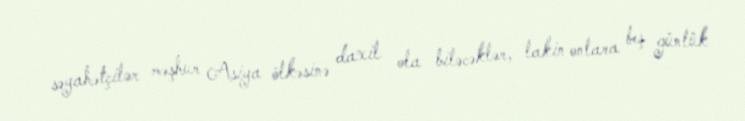
səyahətçilər məşhur Asiya ölkəsinə daxil ola biləcəklər, lakin onlara beş günlük